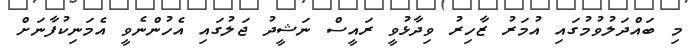
މި ބައްދަލުވުމުގައި އުމަރު ޒާހިރު ވިދާޅުވީ ރައީސް ނަޝީދު ޖަލުގައި އެހުންނެވީ އެމަނިކުފާނަށް